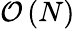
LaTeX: \mathcal{O}\left(N\right)